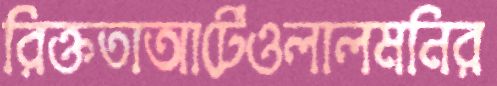
রিক্ততাআর্টেওলালমনির